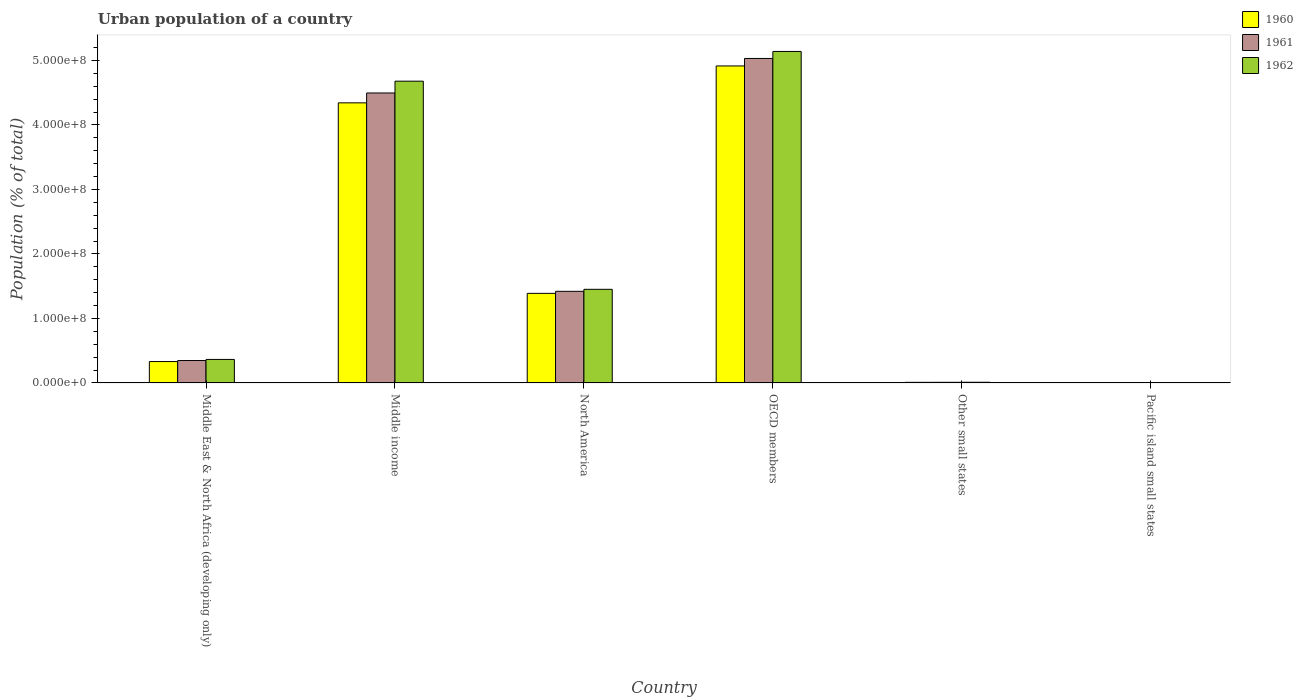
| Country | 1960 | 1961 | 1962 |
 | --- | --- | --- | --- |
 | Middle East & North Africa (developing only) | 3.32e+07 | 3.48e+07 | 3.64e+07 |
 | Middle income | 4.34e+08 | 4.5e+08 | 4.68e+08 |
 | North America | 1.39e+08 | 1.42e+08 | 1.45e+08 |
 | OECD members | 4.92e+08 | 5.03e+08 | 5.14e+08 |
 | Other small states | 9.45e+05 | 9.94e+05 | 1.05e+06 |
 | Pacific island small states | 1.9e+05 | 2e+05 | 2.11e+05 |